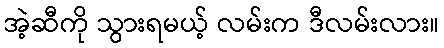
အဲ့ဆီကို သွားရမယ့် လမ်းက ဒီလမ်းလား။